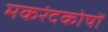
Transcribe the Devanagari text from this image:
मकरंदकोषों